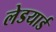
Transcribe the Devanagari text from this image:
लेडयार्ड